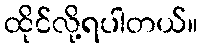
ထိုင်လို့ရပါတယ်။